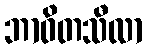
ဘာဝိတသီလာ